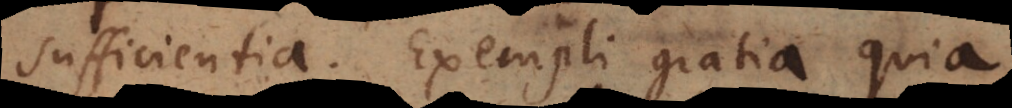
sufficientia. Exempli gratia quia